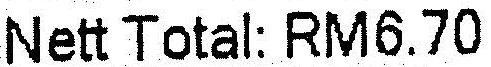
NETT TOTAL: RM6.70